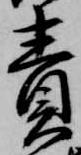
責